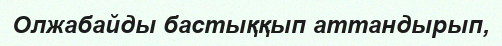
Олжабайды бастыққып аттандырып,